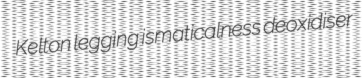
Kelton legging ismaticalness deoxidiser